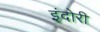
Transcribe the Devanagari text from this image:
इंदोरी